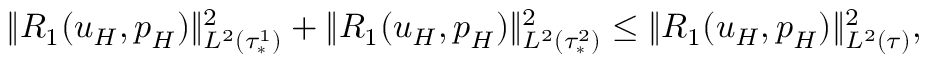
\| R _ { 1 } ( \boldsymbol { u } _ { H } , \boldsymbol { p } _ { H } ) \| _ { L ^ { 2 } ( \tau _ { * } ^ { 1 } ) } ^ { 2 } + \| R _ { 1 } ( \boldsymbol { u } _ { H } , \boldsymbol { p } _ { H } ) \| _ { L ^ { 2 } ( \tau _ { * } ^ { 2 } ) } ^ { 2 } \leq \| R _ { 1 } ( \boldsymbol { u } _ { H } , \boldsymbol { p } _ { H } ) \| _ { L ^ { 2 } ( \tau ) } ^ { 2 } ,